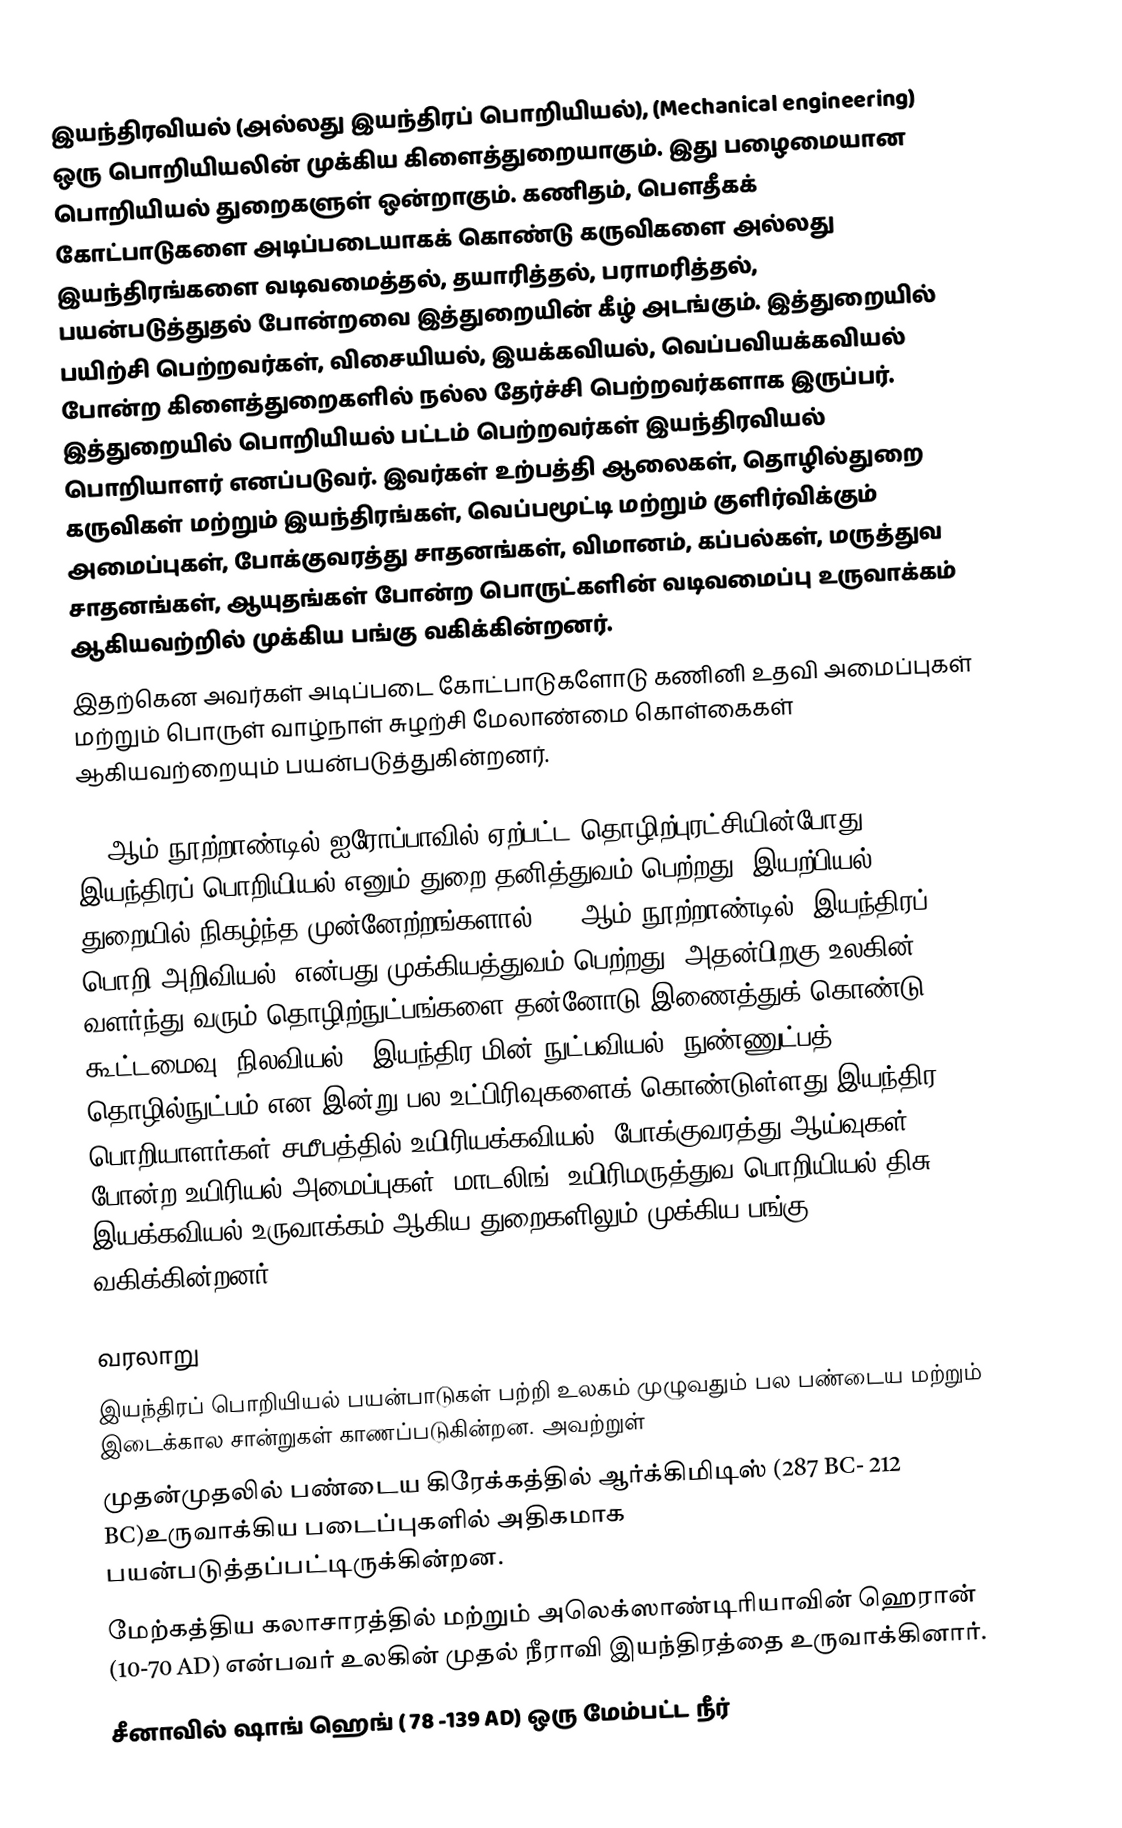
இயந்திரவியல் (அல்லது இயந்திரப் பொறியியல்), (Mechanical engineering) ஒரு பொறியியலின் முக்கிய கிளைத்துறையாகும். இது பழைமையான பொறியியல் துறைகளுள் ஒன்றாகும். கணிதம், பௌதீகக் கோட்பாடுகளை அடிப்படையாகக் கொண்டு கருவிகளை அல்லது இயந்திரங்களை வடிவமைத்தல், தயாரித்தல், பராமரித்தல், பயன்படுத்துதல் போன்றவை இத்துறையின் கீழ் அடங்கும். இத்துறையில் பயிற்சி பெற்றவர்கள், விசையியல், இயக்கவியல், வெப்பவியக்கவியல் போன்ற கிளைத்துறைகளில் நல்ல தேர்ச்சி பெற்றவர்களாக இருப்பர். இத்துறையில் பொறியியல் பட்டம் பெற்றவர்கள் இயந்திரவியல் பொறியாளர் எனப்படுவர். இவர்கள் உற்பத்தி ஆலைகள், தொழில்துறை கருவிகள் மற்றும் இயந்திரங்கள், வெப்பமூட்டி மற்றும் குளிர்விக்கும் அமைப்புகள், போக்குவரத்து சாதனங்கள், விமானம், கப்பல்கள், மருத்துவ சாதனங்கள், ஆயுதங்கள் போன்ற பொருட்களின் வடிவமைப்பு உருவாக்கம் ஆகியவற்றில் முக்கிய பங்கு வகிக்கின்றனர்.
இதற்கென அவர்கள் அடிப்படை கோட்பாடுகளோடு கணினி உதவி அமைப்புகள் மற்றும் பொருள் வாழ்நாள் சுழற்சி மேலாண்மை கொள்கைகள் ஆகியவற்றையும் பயன்படுத்துகின்றனர்.

18 ஆம் நூற்றாண்டில் ஐரோப்பாவில் ஏற்பட்ட தொழிற்புரட்சியின்போது இயந்திரப் பொறியியல் எனும் துறை தனித்துவம் பெற்றது. இயற்பியல் துறையில் நிகழ்ந்த முன்னேற்றங்களால், 19 ஆம் நூற்றாண்டில் ‘இயந்திரப் பொறி அறிவியல்’ என்பது முக்கியத்துவம் பெற்றது. அதன்பிறகு உலகின் வளர்ந்து வரும் தொழிற்நுட்பங்களை தன்னோடு இணைத்துக் கொண்டு கூட்டமைவு (நிலவியல்), இயந்திர மின் நுட்பவியல், நுண்ணுட்பத் தொழில்நுட்பம் என இன்று பல உட்பிரிவுகளைக் கொண்டுள்ளது.இயந்திர பொறியாளர்கள் சமீபத்தில் உயிரியக்கவியல், போக்குவரத்து ஆய்வுகள், போன்ற உயிரியல் அமைப்புகள், மாடலிங், உயிரிமருத்துவ பொறியியல் திசு இயக்கவியல் உருவாக்கம் ஆகிய துறைகளிலும் முக்கிய பங்கு வகிக்கின்றனர்.

வரலாறு
இயந்திரப் பொறியியல் பயன்பாடுகள் பற்றி உலகம் முழுவதும் பல பண்டைய மற்றும் இடைக்கால சான்றுகள் காணப்படுகின்றன. அவற்றுள்
 முதன்முதலில் பண்டைய கிரேக்கத்தில் ஆர்க்கிமிடிஸ் (287 BC- 212 BC)உருவாக்கிய படைப்புகளில் அதிகமாக பயன்படுத்தப்பட்டிருக்கின்றன.
 மேற்கத்திய கலாசாரத்தில் மற்றும் அலெக்ஸாண்டிரியாவின் ஹெரான் (10-70 AD) என்பவர் உலகின் முதல் நீராவி இயந்திரத்தை உருவாக்கினார்.
 சீனாவில் ஷாங் ஹெங் ( 78 -139 AD) ஒரு மேம்பட்ட நீர்